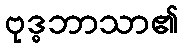
ဗုဒ္ဓဘာသာ၏